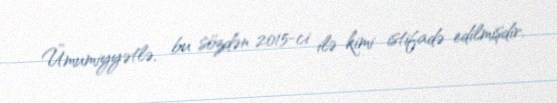
Ümumiyyətlə, bu sözdən 2015-ci ilə kimi istifadə edilmişdir.